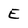
Character: E